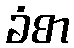
ခံစာ